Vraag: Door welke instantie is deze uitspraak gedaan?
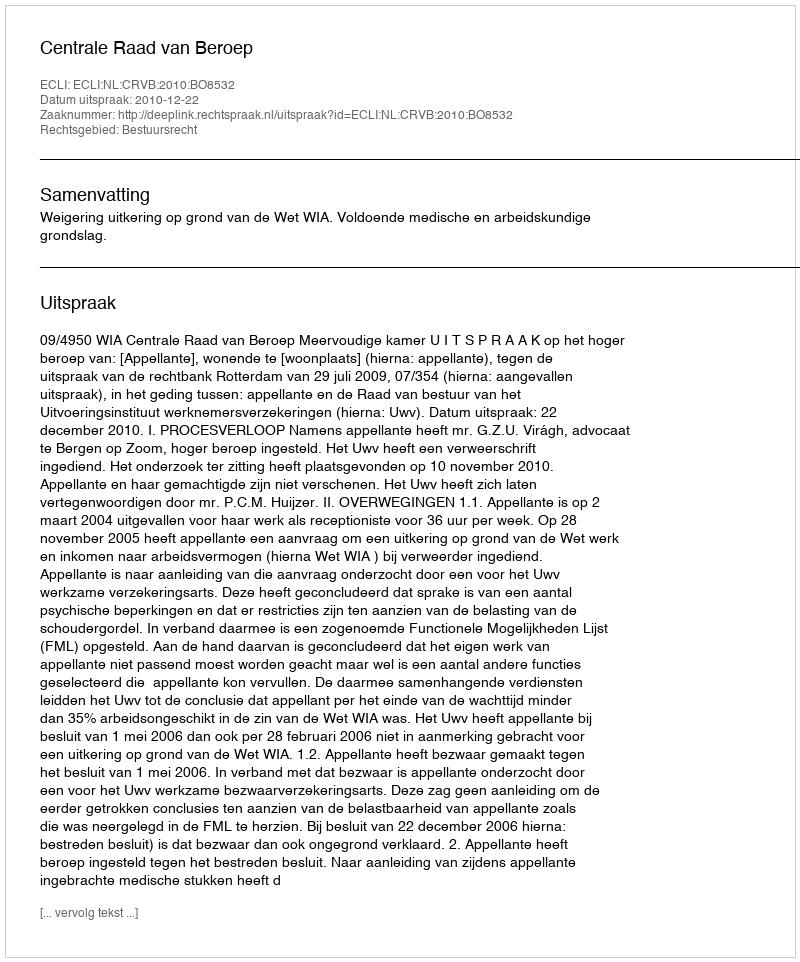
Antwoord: Centrale Raad van Beroep